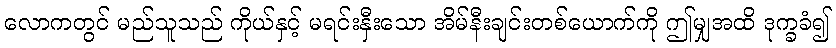
လောကတွင် မည်သူသည် ကိုယ်နှင့် မရင်းနှီးသော အိမ်နီးချင်းတစ်ယောက်ကို ဤမျှအထိ ဒုက္ခခံ၍